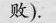
败).